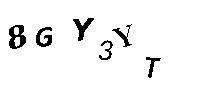
8GY3YT